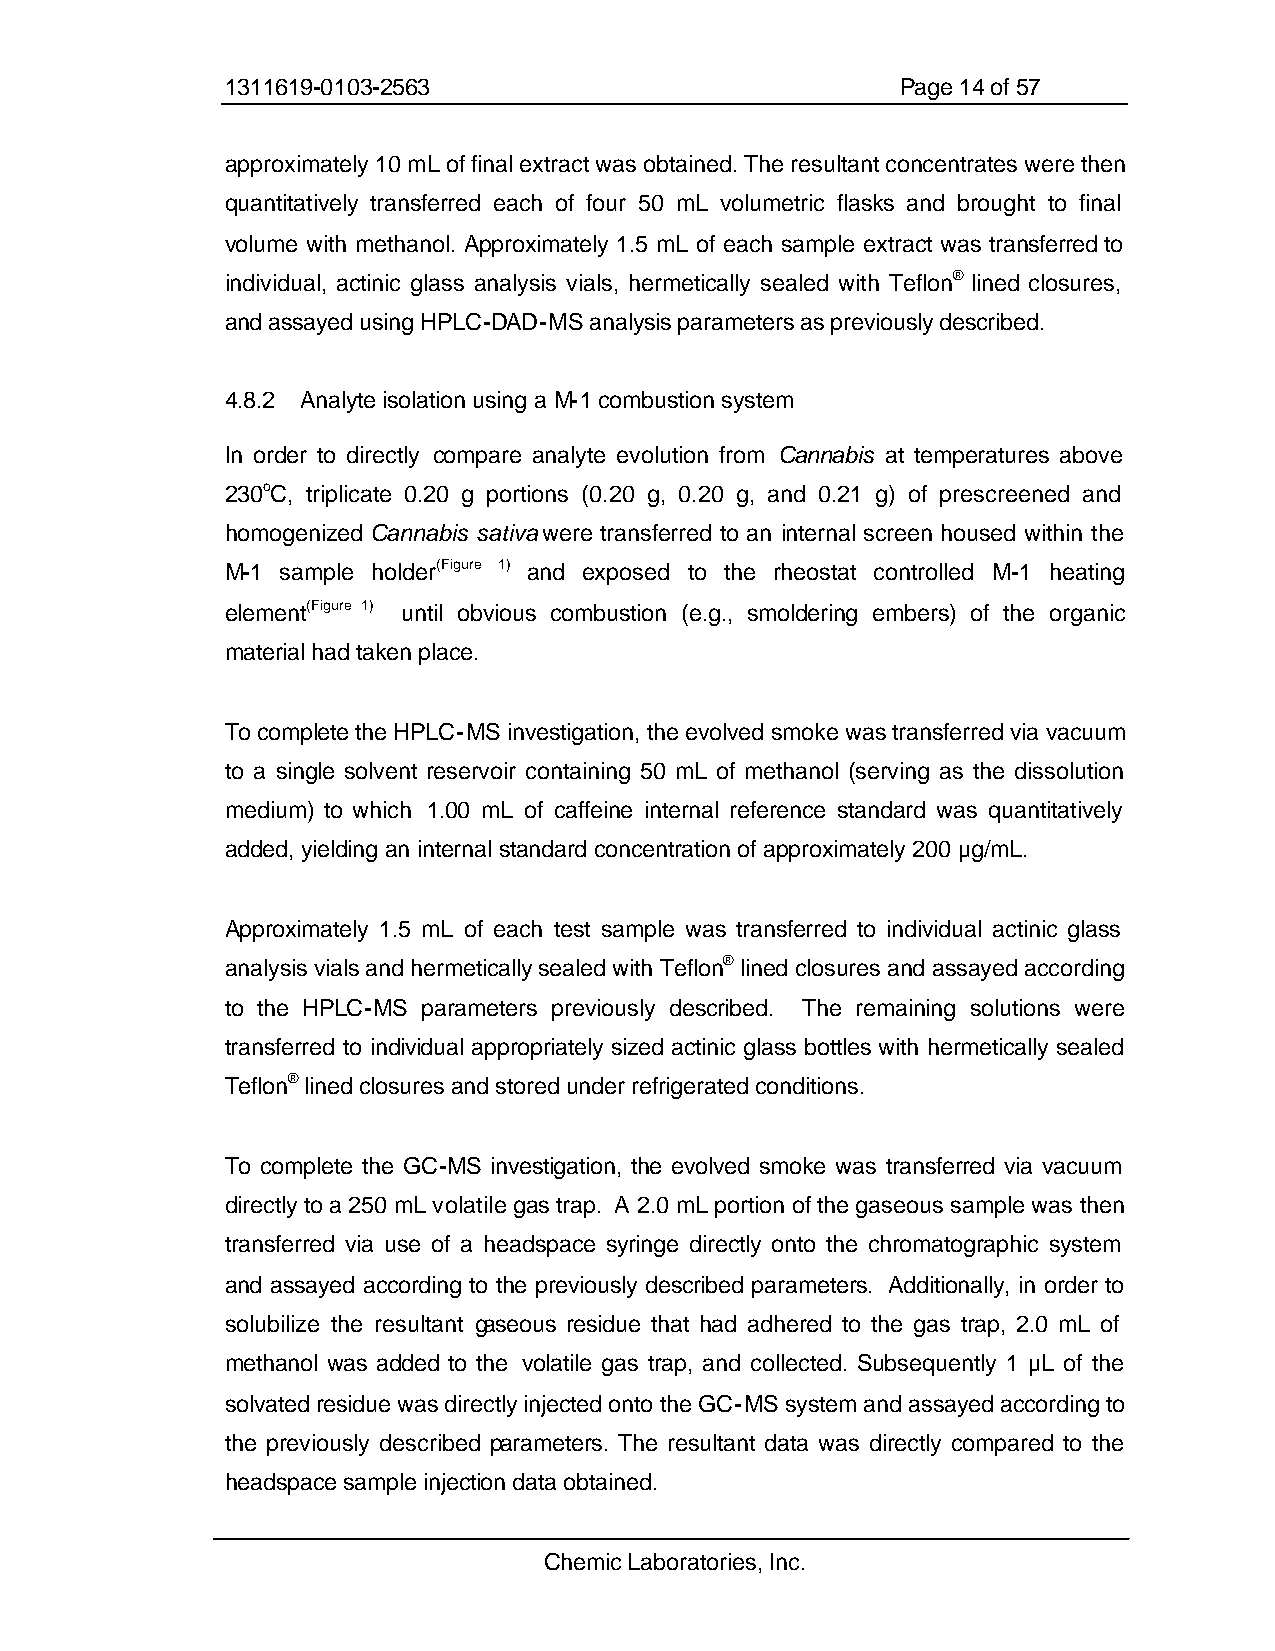
1311619-0103-2563                            Page 14 of 57
 approximately 10 mL of final extract was obtained. The resultant concentrates were then
 quantitatively transferred each of four 50 mL volumetric flasks and brought to final
 volume with methanol. Approximately 1.5 mL of each sample extract was transferred to
 individual, actinic glass analysis vials, hermetically sealed with Teflon® lined closures,
 and assayed using HPLC-DAD-MS analysis parameters as previously described.
 4.8.2 Analyte isolation using a M-1 combustion system
 In order to directly compare analyte evolution from Cannabis at temperatures above
 230oC, triplicate 0.20 g portions (0.20 g, 0.20 g, and 0.21 g) of prescreened and
 homogenized Cannabis sativa were transferred to an internal screen housed within the
 M-1 sample holder(Figure 1) and exposed to the rheostat controlled M-1 heating
 element(Figure 1) until obvious combustion (e.g., smoldering embers) of the organic
 material had taken place.
 To complete the HPLC-MS investigation, the evolved smoke was transferred via vacuum
 to a single solvent reservoir containing 50 mL of methanol (serving as the dissolution
 medium) to which 1.00 mL of caffeine internal reference standard was quantitatively
 added, yielding an internal standard concentration of approximately 200 µg/mL.
 Approximately 1.5 mL of each test sample was transferred to individual actinic glass
 analysis vials and hermetically sealed with Teflon® lined closures and assayed according
 to the HPLC-MS parameters previously described. The remaining solutions were
 transferred to individual appropriately sized actinic glass bottles with hermetically sealed
 Teflon® lined closures and stored under refrigerated conditions.
 To complete the GC-MS investigation, the evolved smoke was transferred via vacuum
 directly to a 250 mL volatile gas trap. A 2.0 mL portion of the gaseous sample was then
 transferred via use of a headspace syringe directly onto the chromatographic system
 and assayed according to the previously described parameters. Additionally, in order to
 solubilize the resultant gaseous residue that had adhered to the gas trap, 2.0 mL of
 methanol was added to the volatile gas trap, and collected. Subsequently 1 µL of the
 solvated residue was directly injected onto the GC-MS system and assayed according to
 the previously described parameters. The resultant data was directly compared to the
 headspace sample injection data obtained.
 Chemic Laboratories, Inc.